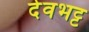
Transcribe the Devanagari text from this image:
देवभट्ट